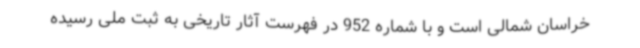
خراسان شمالی است و با شماره 952 در فهرست آثار تاریخی به ثبت ملی رسیده